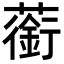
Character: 䕔